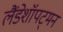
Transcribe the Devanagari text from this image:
लैंडेशॉपट्मन